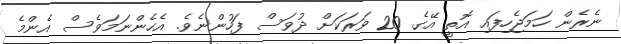
ނެރެން ހަމަޖެހިފައި އޮތީ އޭގެ 20 ވަރަކަށް ދުވަސް ފަހުންނެވެ. އެހެންނަމަވެސް އެންމެ